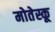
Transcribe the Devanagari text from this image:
मोतेस्कू